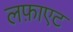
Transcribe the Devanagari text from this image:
लफ़ाएट